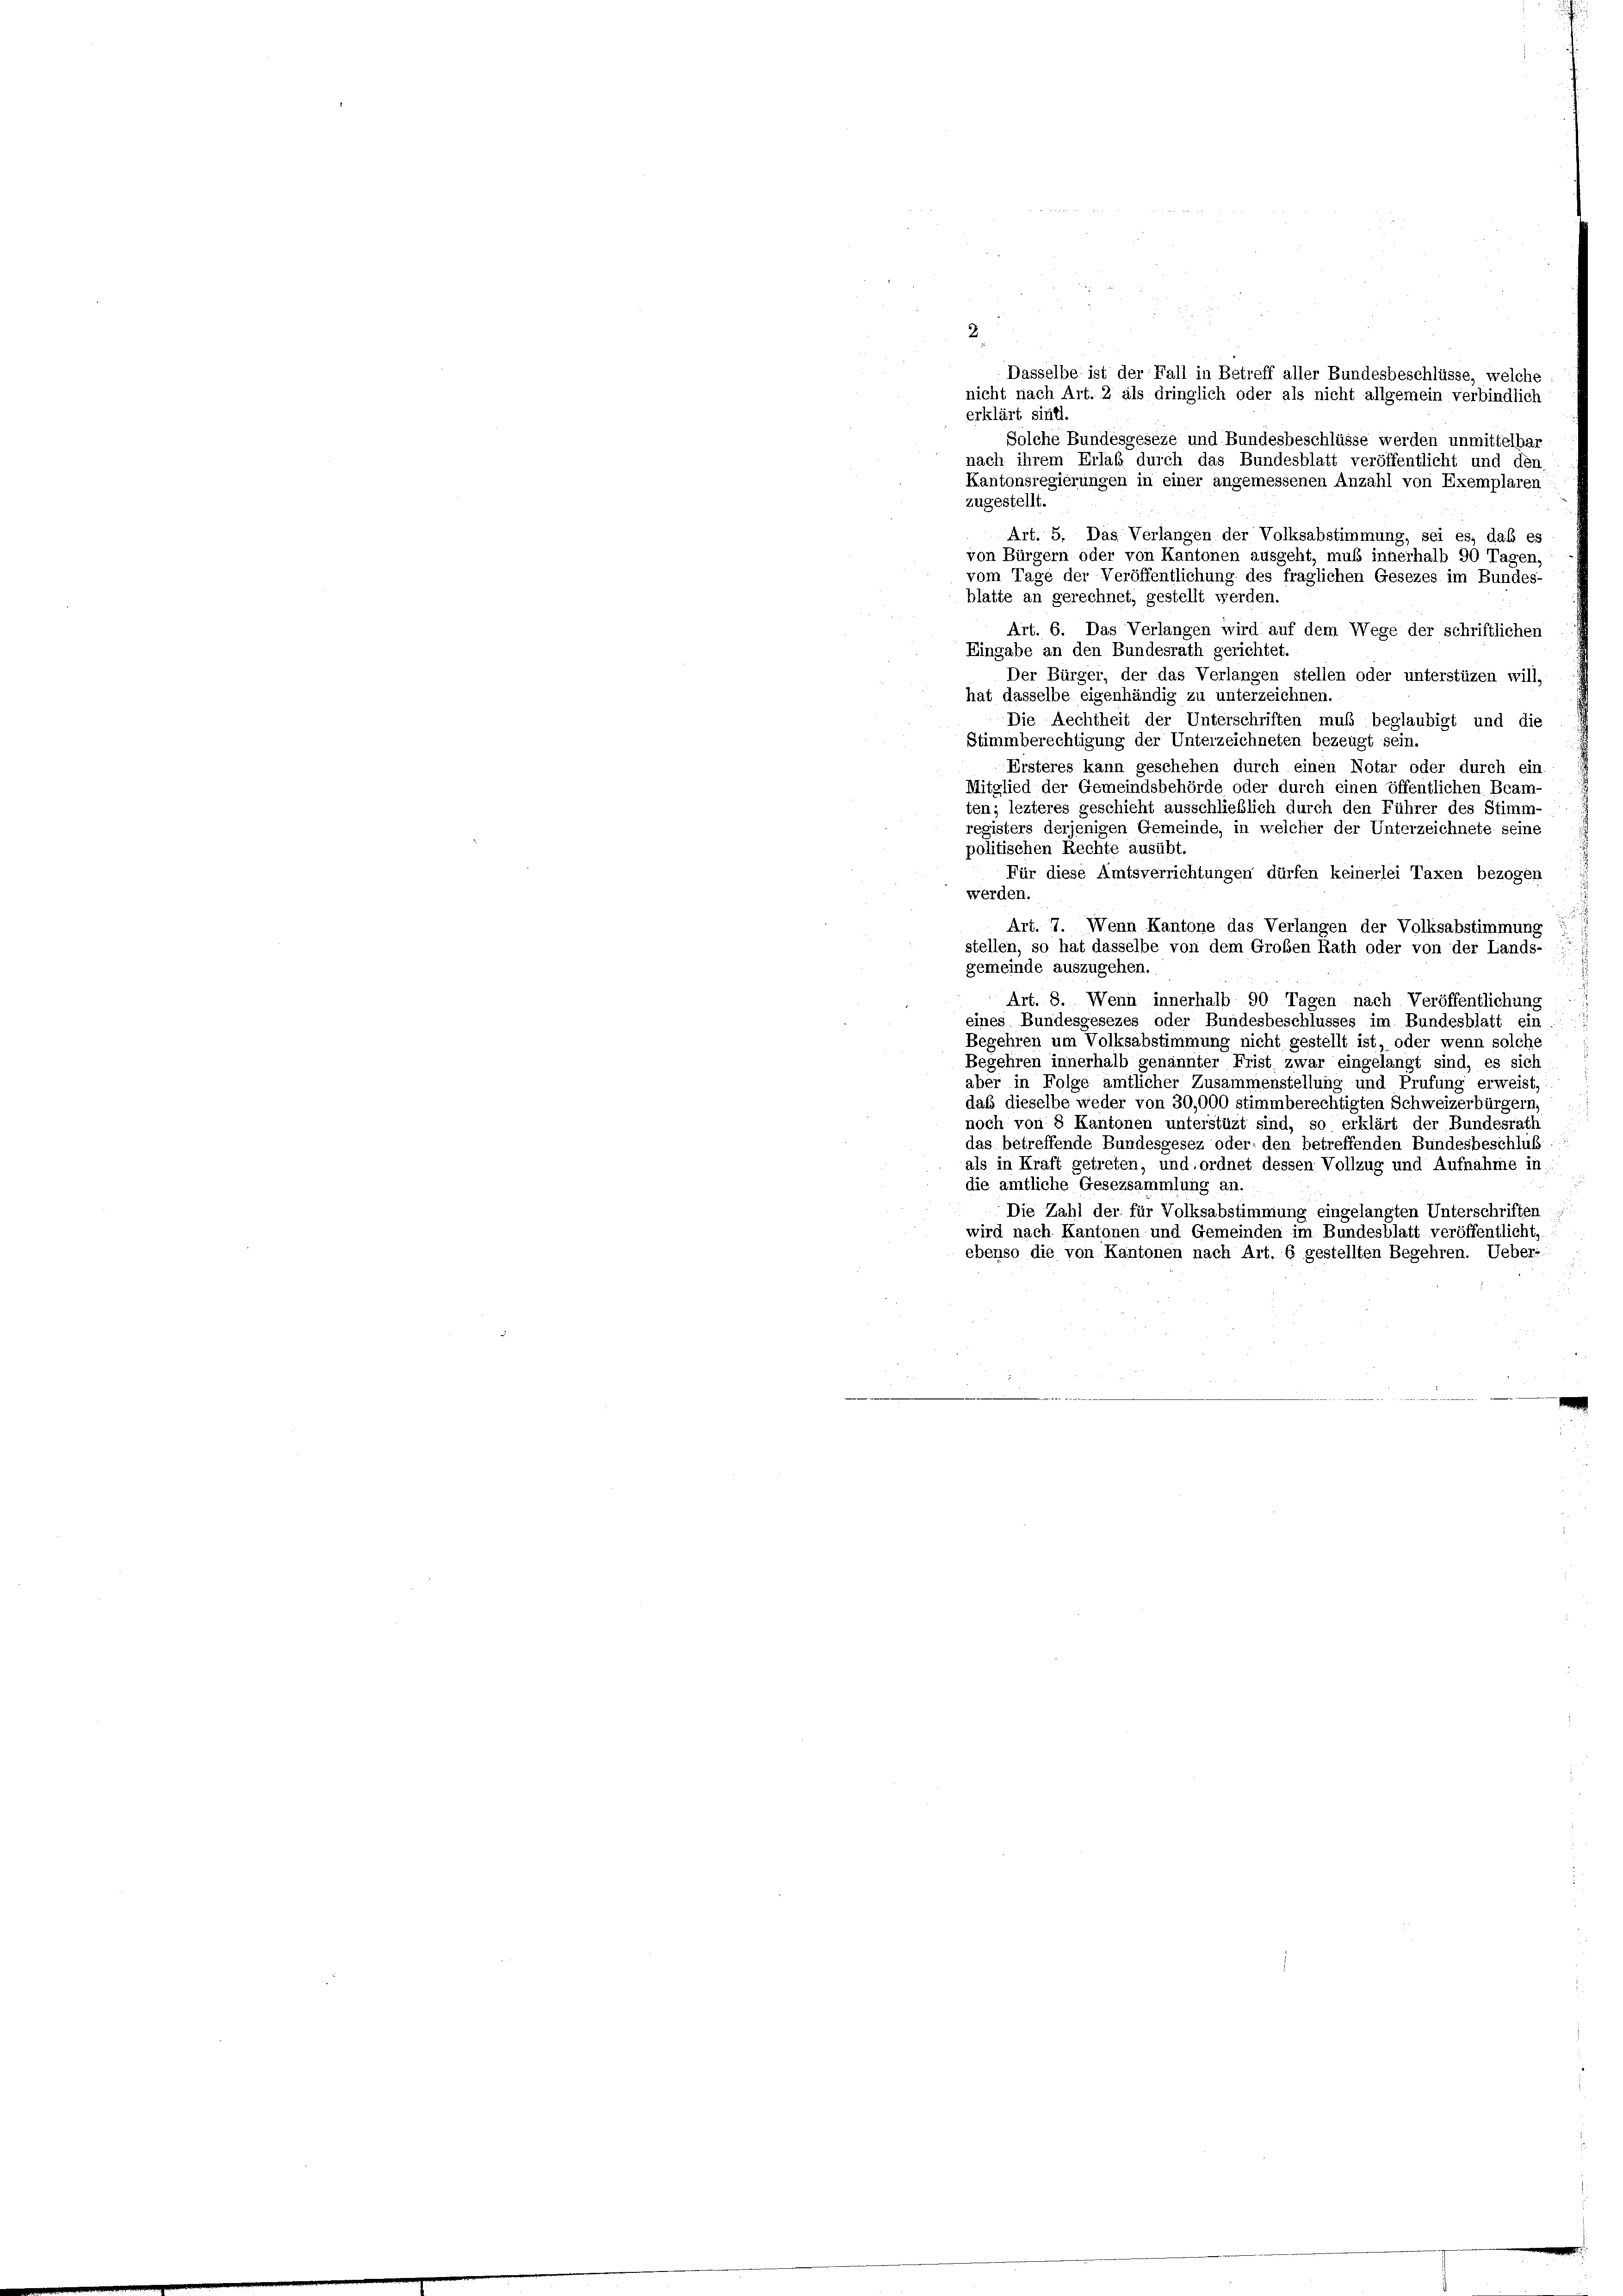
2
Dasselbe ist der Fall in Betreff aller Bundesbeschlüsse, welche
nicht nach Art. 2 als dringlich oder als nicht allgemein verbindlich
erklärt sind.
Solche Bundesgeseze und Bundesbeschlüsse werden unmittelbar
nach ihrem Erlaß durch das Bundesblatt veröffentlicht und den
Kantonsregierungen in einer angemessenen Anzahl von Exemplaren
zugestellt.
Art. 5. Das Verlangen der Volksabstimmung, sei es, daß es
von Bürgern oder von Kantonen ausgeht, muß innerhalb 90 Tager
vom Tage der Veröffentlichung des fraglichen Gesezes im Bundes-
blatte an gerechnet, gestellt werden.
Art. 6. Das Verlangen wird auf dem Wege der schriftlichen
Eingabe an den Bundesrath gerichtet.
Der Bürger, der das Verlangen stellen oder unterstüzen will,
hat dasselbe eigenhändig zu unterzeichnen.
Die Rechtheit der Unterschriften muß beglaubigt und die
Stimmberechtigung der Unterzeichneten bezeugt sein.
Ersteres kann geschehen durch einen Notar oder durch ein
Mitglied der Gemeindsbehörde oder durch einen öffentlichen Beam-
ten; lezteres geschieht ausschließlich durch den Führer des Stimm-
registers derjenigen Gemeinde, in welcher der Unterzeichnete seine
politischen Rechte ausübt.
Für diese Amtsverrichtungen dürfen keinerlei Taxen bezogen
werden.
Art. 7. Wenn Kantone das Verlangen der Volksabstimmung
stellen, so hat dasselbe von dem Großen Rath oder von der Lands-
gemeinde auszugehen.
Art. 8. Wenn innerhalb 90 Tagen nach Veröffentlichung
eines Bundesgesezes oder Bundesbeschlusses im Bundesblatt ein
Begehren um Volksabstimmung nicht gestellt ist, oder wenn solche
Begehren innerhalb genannter Frist zwar eingelangt sind, es sich
aber in Folge amtlicher Zusammenstellung und Prufung erweist,
daß dieselbe weder von 30,000 stimmberechtigten Schweizerbürgern,
noch von 8 Kantonen unterstüzt sind, so erklärt der Bundesrath
das betreffende Bundesgesez oder den betreffenden Bundesbeschluß
als in Kraft getreten, und ordnet dessen Vollzug und Aufnahme in
die amtliche Gesezsammlung an.
Die Zahl der für Volksabstimmung eingelangten Unterschriften
wird nach Kantonen und Gemeinden im Bundesblatt veröffentlicht,
ebenso die von Kantonen nach Art. 6 gestellten Begehren. Ueber-
.